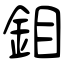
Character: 鉬